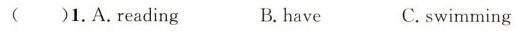
( )1.A.reading B.have C. swimming